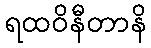
ရထဝိနီတာနိ